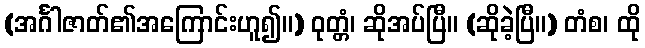
(အင်္ဂါဇာတ်၏အကြောင်းဟူ၍။) ဝုတ္တံ၊ ဆိုအပ်ပြီ။ (ဆိုခဲ့ပြီ။) တံစ၊ ထို